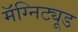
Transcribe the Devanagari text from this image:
मॅग्निट्यूड